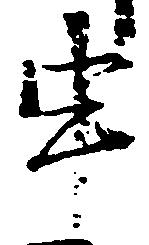
申